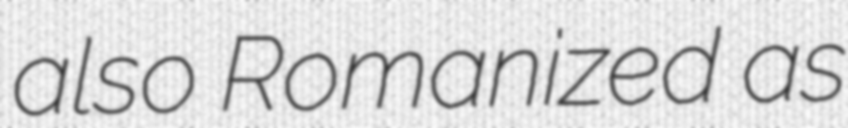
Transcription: also Romanized as